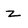
Character: z